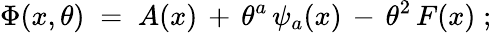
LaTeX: \Phi(x,\theta)\; =\; A(x)\, +\, \theta^{a}\, \psi_{a}(x)\, -\, \theta^{2}\, F(x)\; ;